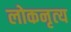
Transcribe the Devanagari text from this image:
लोकनृत्‍य